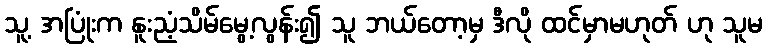
သူ့ အပြုံးက နူးညံ့သိမ်မွေ့လွန်း၍ သူ ဘယ်တော့မှ ဒီလို ထင်မှာမဟုတ် ဟု သူမ